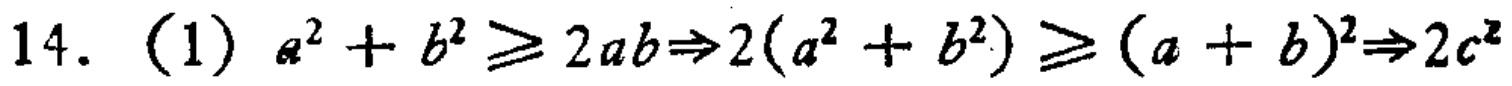
14. (1) \(a^{2}+b^{2}\geqslant 2ab\Rightarrow2(a^{2}+b^{2})\geqslant (a + b)^{2}\Rightarrow2c^{2}\)